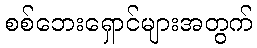
စစ်ဘေးရှောင်များအတွက်